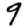
Digit: 9